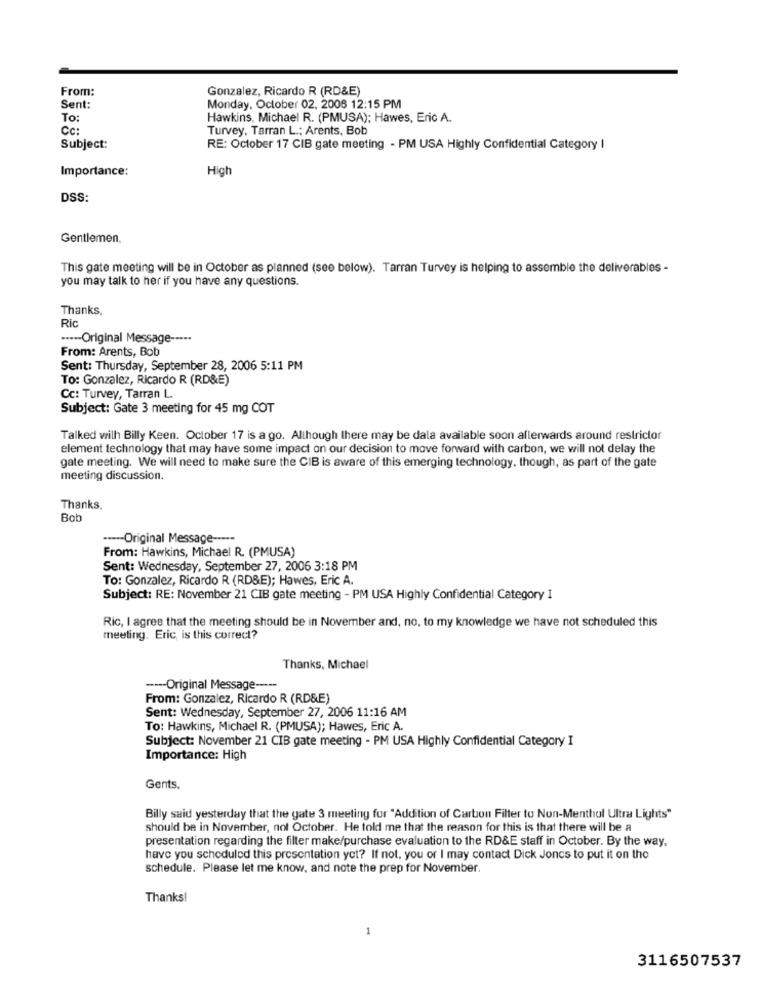
From:
Gonzalez, Ricardo R (RD&E)
Sent:
Monday, October 02, 2006 12:15 PM
To:
Hawkins, Michael R. (PMUSA); Hawes, Eric A.
CC:
Turvey, Tarran L .: Arents, Bob
Subject:
RE: October 17 CIB gate meeting - PM USA Highly Confidential Category I
Importance:
High
DSS:
Gentlemen,
This gate meeting will be in October as planned (see below). Tarran Turvey is helping to assemble the deliverables -
you may talk to her if you have any questions.
Thanks,
Ric
----- Original Message -----
From: Arents, Bob
Sent: Thursday, September 28, 2006 5:11 PM
To: Gonzalez, Ricardo R (RD&E)
Cc: Turvey, Tarran L.
Subject: Gate 3 meeting for 45 mg COT
Talked wilh Billy Keen. October 17 is a go. Although there may be dala available soon afterwards around restrictor
element technology that may have some impact on our decision to move forward with carbon, we will not delay the
gate meeting. We will need to make sure the CIB is aware of this emerging technology, though, as part of the gate
meeting discussion.
Thanks.
Bob
----- Original Message -----
From: Hawkins, Michael R. (PMUSA)
Sent: Wednesday, September 27, 2006 3:18 PM
To: Gonzalez, Ricardo R (RD&E); Hawes, Eric A.
Subject: RE: November 21 CIB gate meeting - PM USA Highly Confidential Category I
Ric, I agree that the meeting should be in November and, no, to my knowledge we have not scheduled this
meeting. Eric, is this correct?
Thanks, Michael
---- Original Message -----
From: Gonzalez, Ricardo R (RD&E)
Sent: Wednesday, September 27, 2006 11:16 AM
To: Hawkins, Michael R. (PMUSA); Hawes, Eric A.
Subject: November 21 CIB gate meeting - PM USA Highly Confidential Category I
Importance: High
Gents,
Billy said yesterday that the gate 3 meeting for "Addition of Carton Filter to Non-Menthol Ultra Lights"
should be in November, not October. He told me that the reason for this is that there will be a
presentation regarding the filter make/purchase evaluation to the RD&E staff in October. By the way,
have you scheduled this presentation yet? If not, you or I may contact Dick Joncs to put it on the
schedule. Please let me know, and note the prep for November.
Thanks!
1
3116507537